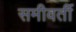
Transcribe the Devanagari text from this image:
समीवर्ती